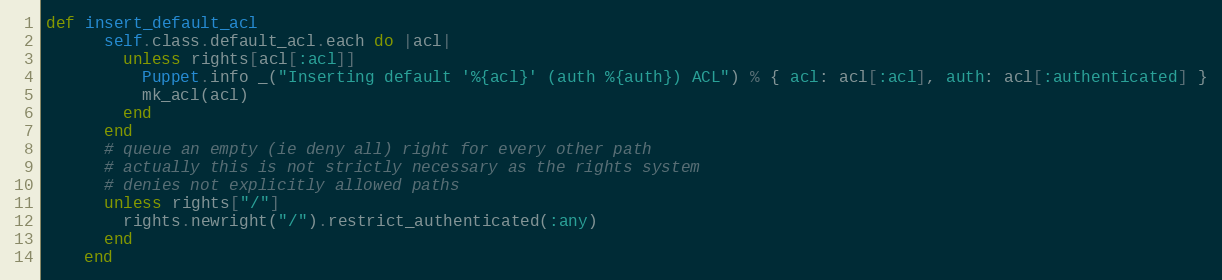
Language: Ruby
def insert_default_acl
      self.class.default_acl.each do |acl|
        unless rights[acl[:acl]]
          Puppet.info _("Inserting default '%{acl}' (auth %{auth}) ACL") % { acl: acl[:acl], auth: acl[:authenticated] }
          mk_acl(acl)
        end
      end
      # queue an empty (ie deny all) right for every other path
      # actually this is not strictly necessary as the rights system
      # denies not explicitly allowed paths
      unless rights["/"]
        rights.newright("/").restrict_authenticated(:any)
      end
    end